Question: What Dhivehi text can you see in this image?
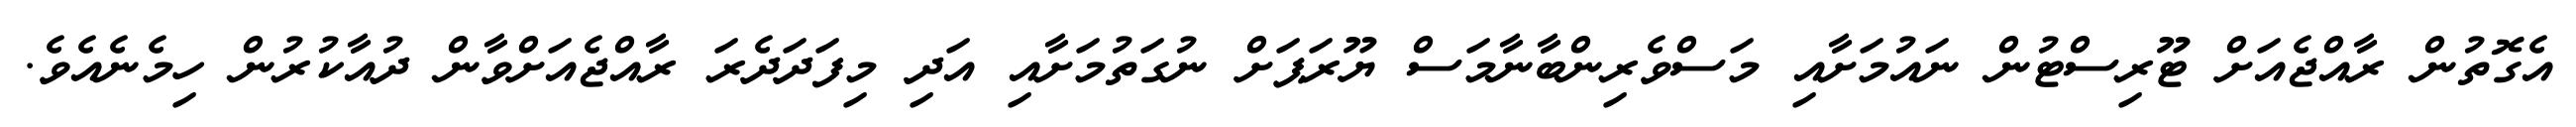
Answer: އެގޮތުން ރާއްޖެއަށް ޓޫރިސްޓުން ނައުމަށާއި މަސްވެރިންބާނާމަސް ޔޫރަޕަށް ނުގަތުމަށާއި އަދި މިފަދަދެރަ ރާއްޖެއަށްވާން ދުއާކުރުން ހިމެނެއެވެ.